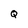
Character: Q